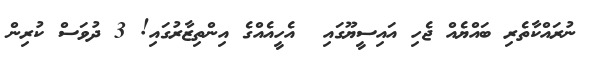
ނުރައްކާތެރި ބައްޔެއް ޖެހި އައިސީޔޫގައި  އެހީއެއްގެ އިންތިޒާރުގައި! 3 ދުވަސް ކުރިން